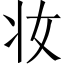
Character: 妆